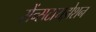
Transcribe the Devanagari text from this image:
सेंन्सटायझेशन